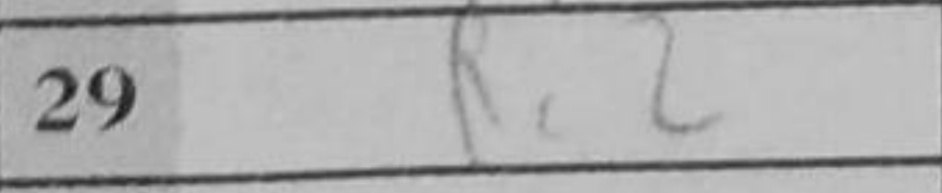
Transcription: Rc2